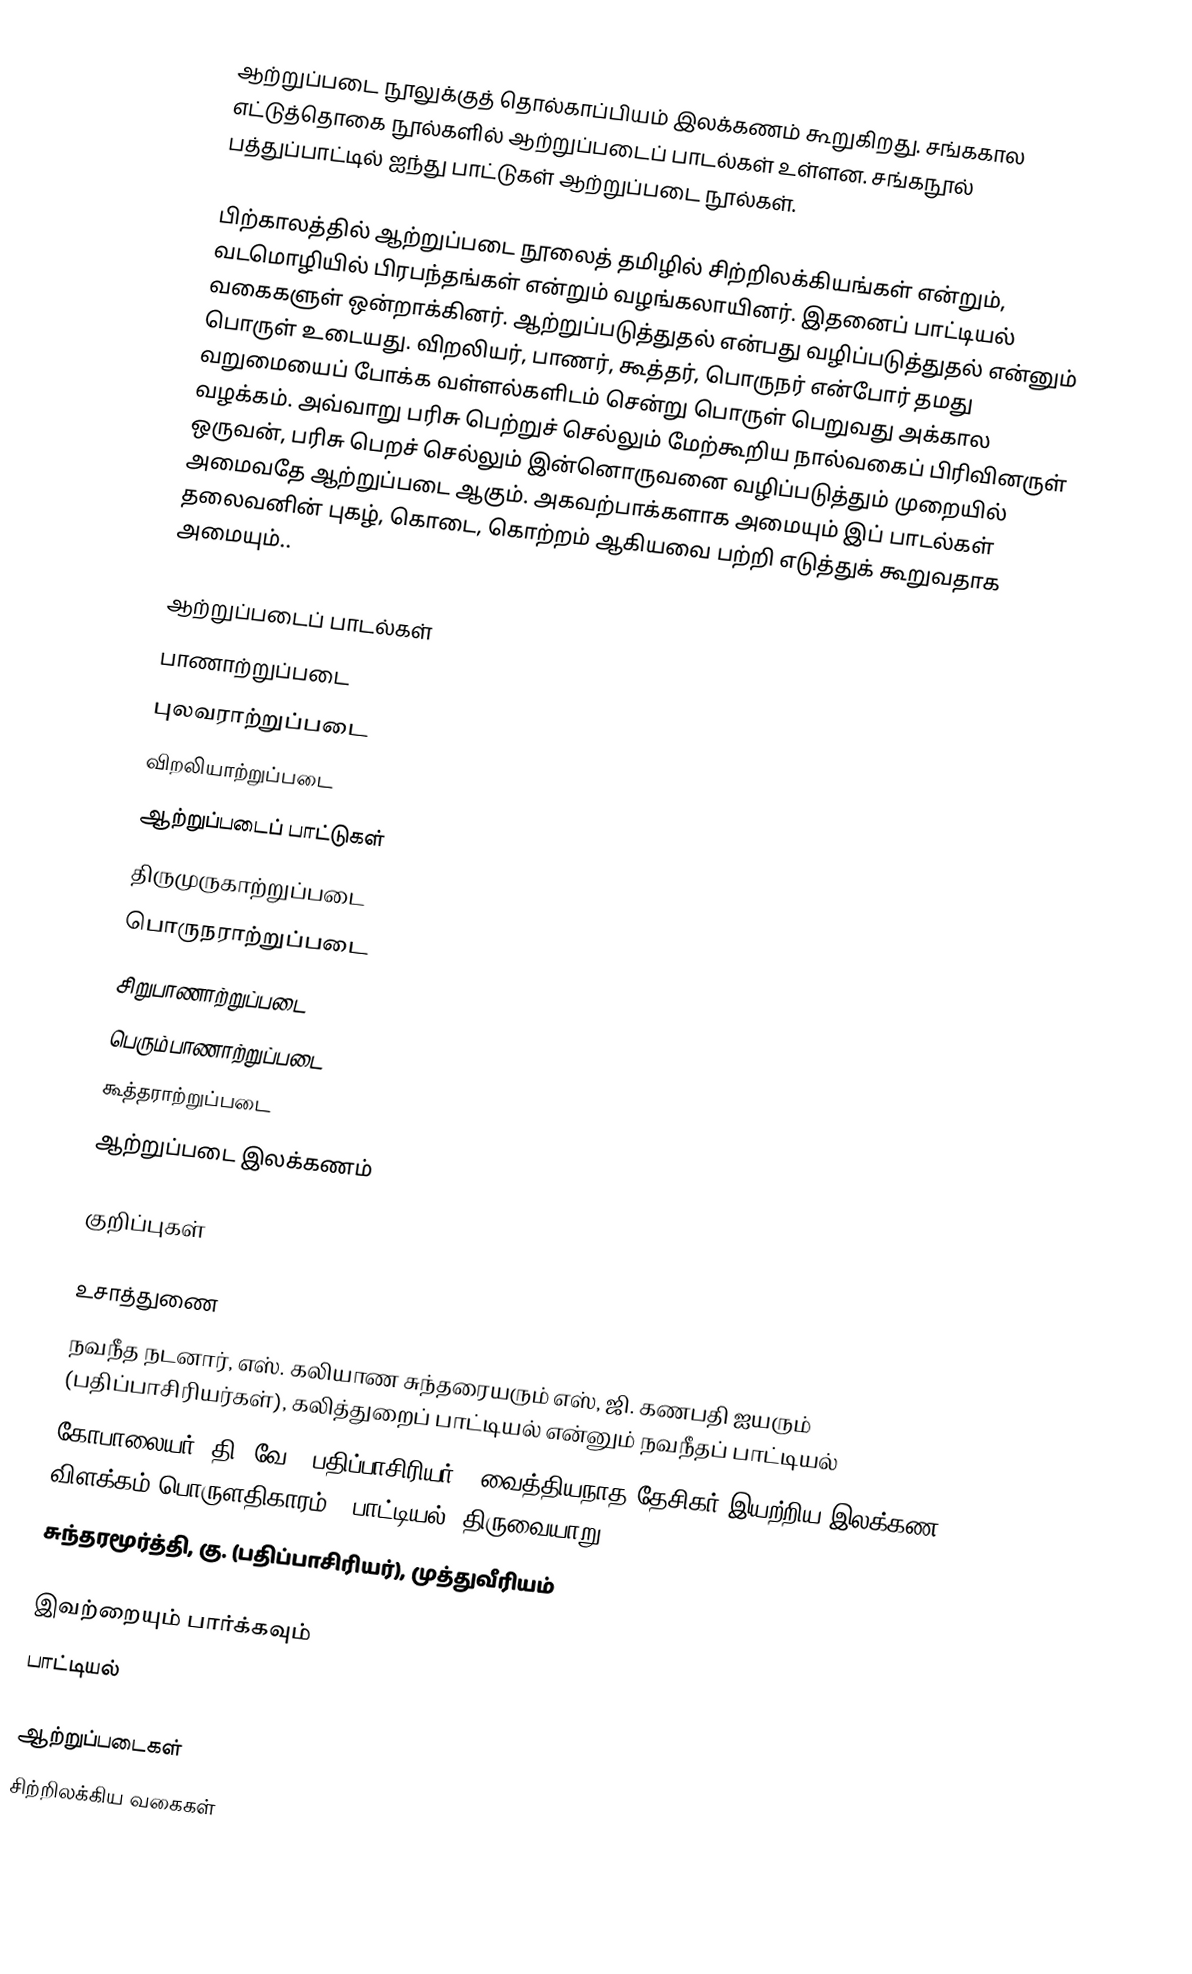
ஆற்றுப்படை நூலுக்குத் தொல்காப்பியம் இலக்கணம் கூறுகிறது. சங்ககால எட்டுத்தொகை நூல்களில் ஆற்றுப்படைப் பாடல்கள் உள்ளன. சங்கநூல் பத்துப்பாட்டில் ஐந்து பாட்டுகள் ஆற்றுப்படை நூல்கள்.

பிற்காலத்தில் ஆற்றுப்படை நூலைத் தமிழில் சிற்றிலக்கியங்கள் என்றும், வடமொழியில் பிரபந்தங்கள் என்றும் வழங்கலாயினர். இதனைப் பாட்டியல் வகைகளுள் ஒன்றாக்கினர். ஆற்றுப்படுத்துதல் என்பது வழிப்படுத்துதல் என்னும் பொருள் உடையது. விறலியர், பாணர், கூத்தர், பொருநர் என்போர் தமது வறுமையைப் போக்க வள்ளல்களிடம் சென்று பொருள் பெறுவது அக்கால வழக்கம். அவ்வாறு பரிசு பெற்றுச் செல்லும் மேற்கூறிய நால்வகைப் பிரிவினருள் ஒருவன், பரிசு பெறச் செல்லும் இன்னொருவனை வழிப்படுத்தும் முறையில் அமைவதே ஆற்றுப்படை ஆகும். அகவற்பாக்களாக அமையும் இப் பாடல்கள் தலைவனின் புகழ், கொடை, கொற்றம் ஆகியவை பற்றி எடுத்துக் கூறுவதாக அமையும்..

 ஆற்றுப்படைப் பாடல்கள்
 பாணாற்றுப்படை
 புலவராற்றுப்படை
 விறலியாற்றுப்படை
 ஆற்றுப்படைப் பாட்டுகள்
 திருமுருகாற்றுப்படை
 பொருநராற்றுப்படை
 சிறுபாணாற்றுப்படை
 பெரும்பாணாற்றுப்படை
 கூத்தராற்றுப்படை
 ஆற்றுப்படை இலக்கணம்

குறிப்புகள்

உசாத்துணை
 நவநீத நடனார், எஸ். கலியாண சுந்தரையரும் எஸ், ஜி. கணபதி ஐயரும் (பதிப்பாசிரியர்கள்), கலித்துறைப் பாட்டியல் என்னும் நவநீதப் பாட்டியல்
 கோபாலையர், தி. வே. (பதிப்பாசிரியர்), வைத்தியநாத தேசிகர் இயற்றிய இலக்கண விளக்கம் பொருளதிகாரம் - பாட்டியல், திருவையாறு.
 சுந்தரமூர்த்தி, கு. (பதிப்பாசிரியர்), முத்துவீரியம்

இவற்றையும் பார்க்கவும்
 பாட்டியல்

ஆற்றுப்படைகள்
சிற்றிலக்கிய வகைகள்